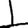
Digit: 1